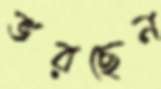
ভরছেন